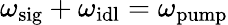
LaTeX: \omega_{\mathrm{sig}}+\omega_{\mathrm{idl}}=\omega_{\mathrm{pump}}